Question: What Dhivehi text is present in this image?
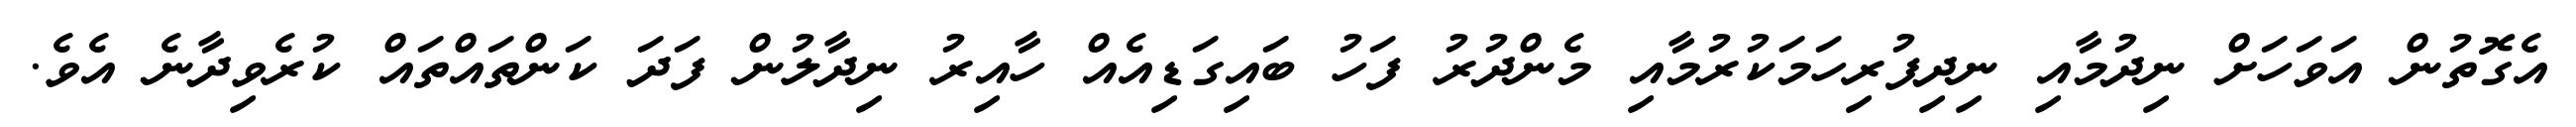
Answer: އެގޮތުން އަވަހަށް ނިދުމާއި ނިދިފުރިހަމަކުރުމާއި މެންދުރު ފަހު ބައިގަޑިއެއް ހާއިރު ނިދާލުން ފަދަ ކަންތައްތައް ކުރެވިދާނެ އެވެ.